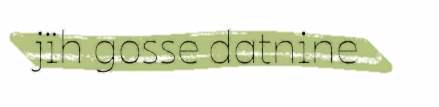
jïh gosse datnine